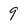
Character: 9